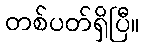
တစ်ပတ်ရှိပြီ။